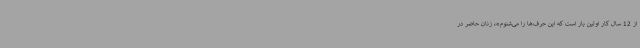
از 12 سال کار اولین بار است که این حرف‌ها را می‌شنوم»، زنان حاضر در